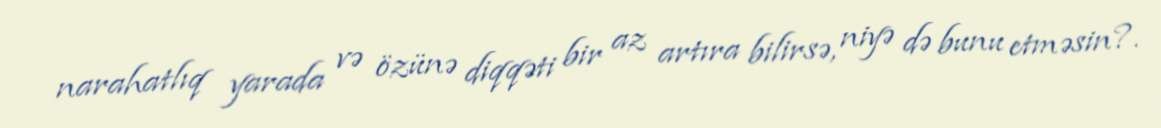
narahatlıq yarada və özünə diqqəti bir az artıra bilirsə, niyə də bunu etməsin?.